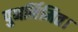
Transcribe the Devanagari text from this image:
पुनर्निमित।